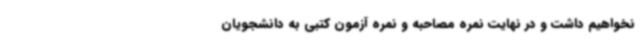
نخواهیم داشت و در نهایت نمره مصاحبه و نمره آزمون کتبی به دانشجویان